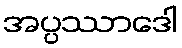
အပ္ပဿာဒေါ